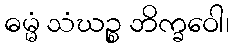
ဓမ္မံ သံဃဉ္စ ဘိက္ခဝေါ၊